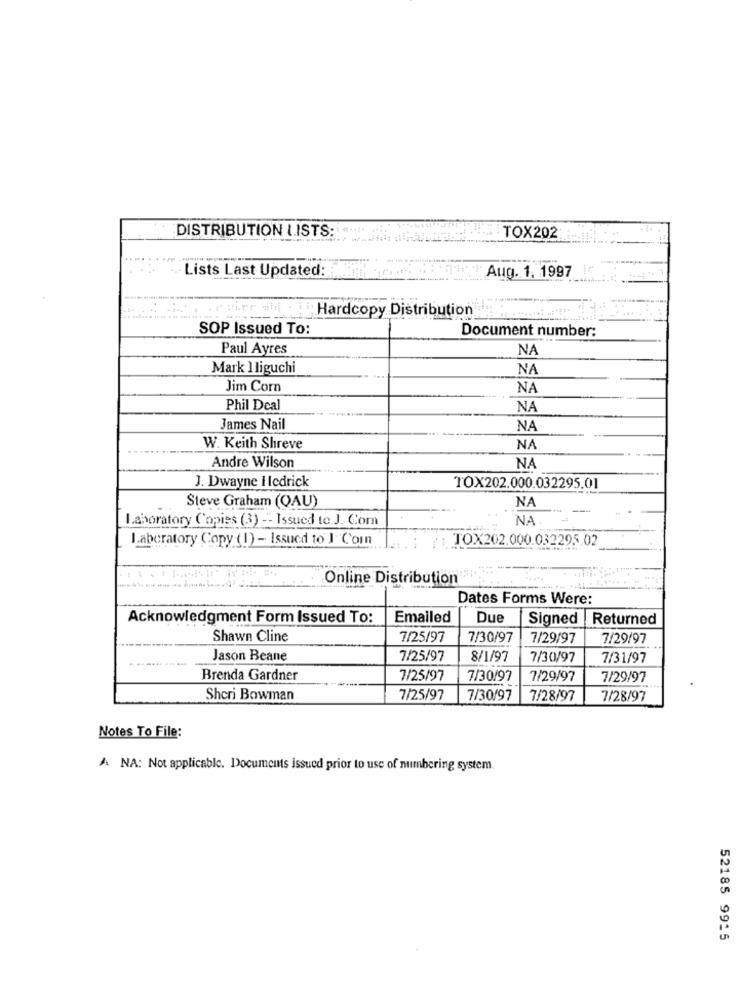
DISTRIBUTION LISTS: « ****
TOX202
Lists Last Updated:
Aug. 1. 1997
Hardcopy Distribution
SOP Issued To:
Document number:
Paul Ayres
NA
Mark 1 liguchi
NA
Jim Corn
NA
Phil Deal
NA
James Nail
NA
W. Keith Shreve
NA
Andre Wilson
NA
J. Dwayne Hledrick
TOX202.000.032295.01
NA
Steve Graham (QAU)
Laboratory Copies (3) -- Issued to.J. Corn
NA:
Laboratory Copy (1) - Issued to J Coin
TOX202.000.032295.02
Online Distribution
Dates Forms Were:
Acknowledgment Form Issued To:
Emailed
Due
Signed Returned
Shawn Cline
7/25/97
7/30/97
7/29/97
7/29/97
Jason Beane
7/25/97
8/1/97
7/30/97
7/31/97
Brenda Gardner
7/25/97
7/30/97
7/29/97
7/29/97
Sheri Bowman
7/25/97
7/30/97
7/28/97
7/28/97
Notes To File:
A NA: Not applicable. Documents issued prior to use of numbering system.
52185 9915